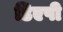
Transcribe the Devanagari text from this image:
डिएपी